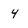
Character: 4